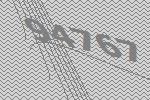
94767